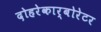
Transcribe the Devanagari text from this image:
दोहरेकार्बोरेटर